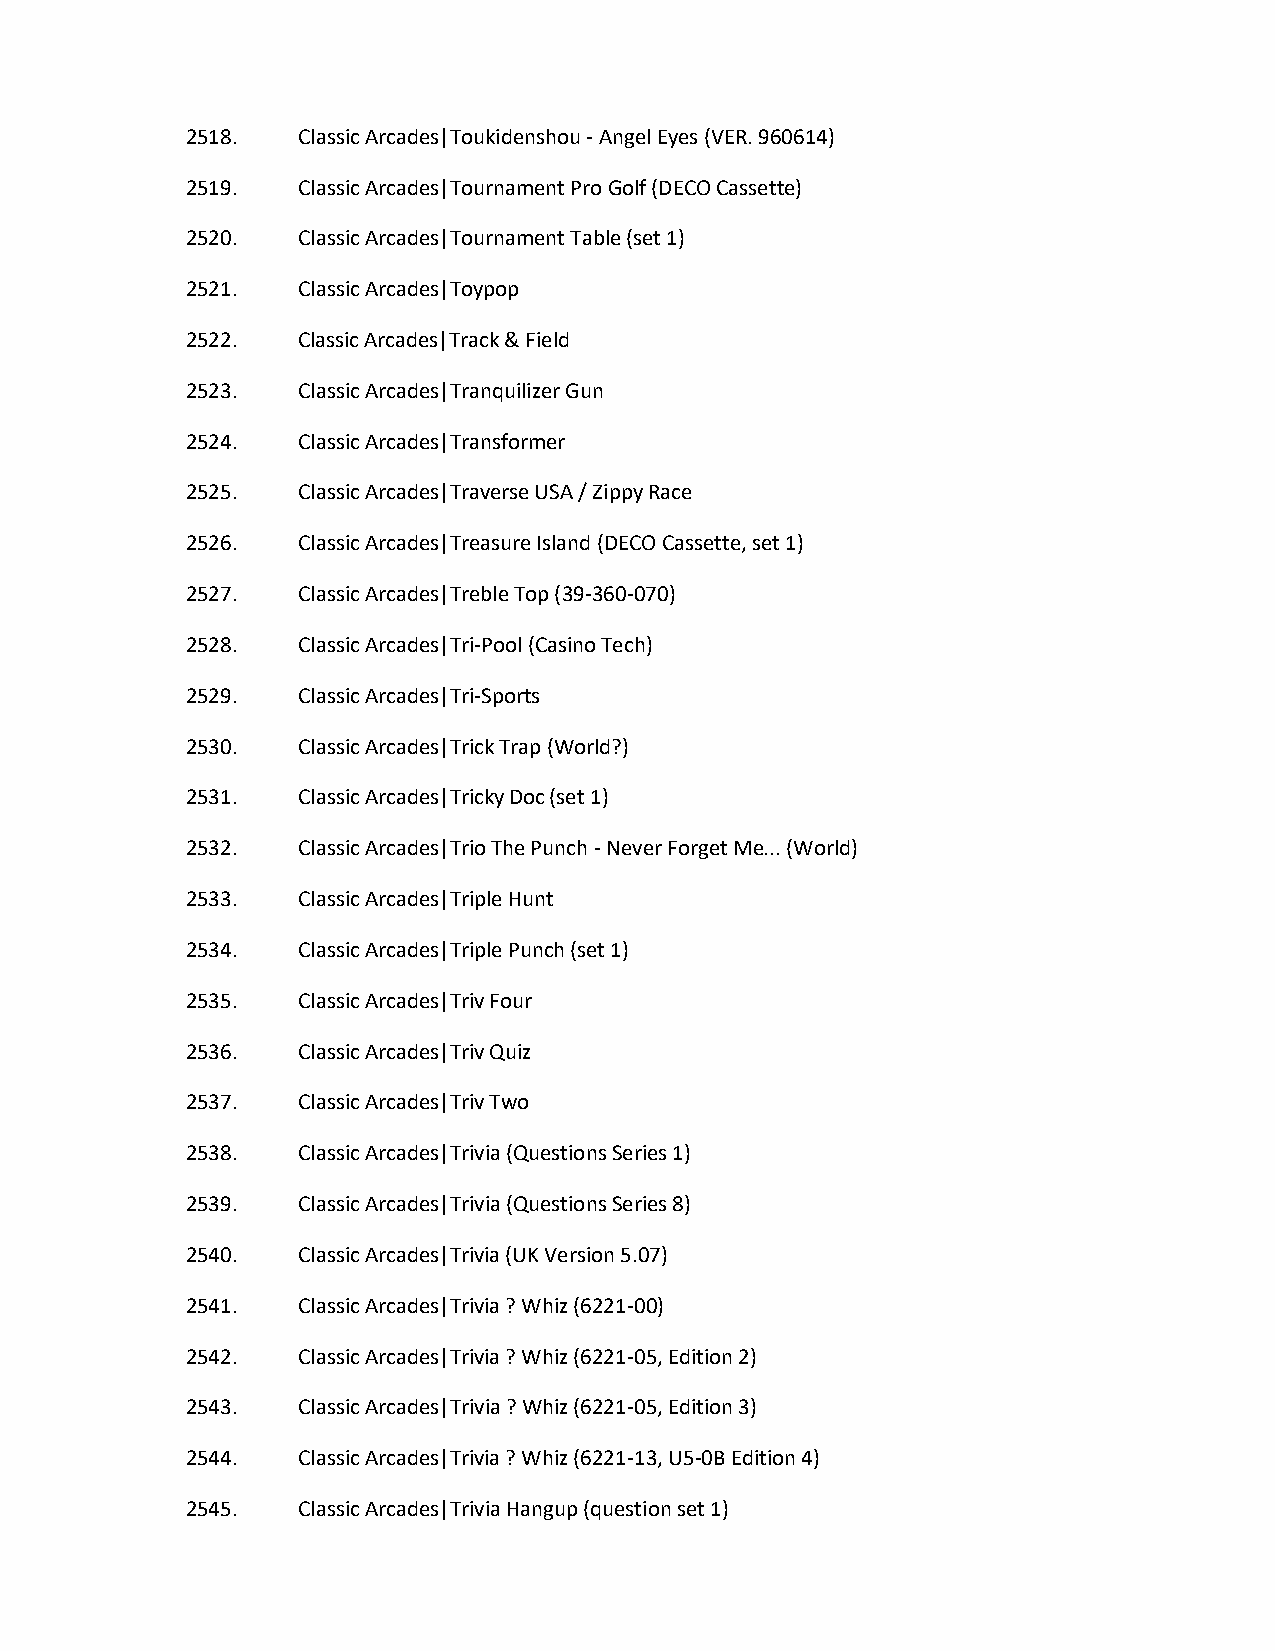
2518.   Classic Arcades|Toukidenshou - Angel Eyes (VER. 960614)
 2519.   Classic Arcades|Tournament Pro Golf (DECO Cassette)
 2520.   Classic Arcades|Tournament Table (set 1)
 2521.   Classic Arcades|Toypop
 2522.   Classic Arcades|Track & Field
 2523.   Classic Arcades|Tranquilizer Gun
 2524.   Classic Arcades|Transformer
 2525.   Classic Arcades|Traverse USA / Zippy Race
 2526.   Classic Arcades|Treasure Island (DECO Cassette, set 1)
 2527.   Classic Arcades|Treble Top (39-360-070)
 2528.   Classic Arcades|Tri-Pool (Casino Tech)
 2529.   Classic Arcades|Tri-Sports
 2530.   Classic Arcades|Trick Trap (World?)
 2531.   Classic Arcades|Tricky Doc (set 1)
 2532.   Classic Arcades|Trio The Punch - Never Forget Me... (World)
 2533.   Classic Arcades|Triple Hunt
 2534.   Classic Arcades|Triple Punch (set 1)
 2535.   Classic Arcades|Triv Four
 2536.   Classic Arcades|Triv Quiz
 2537.   Classic Arcades|Triv Two
 2538.   Classic Arcades|Trivia (Questions Series 1)
 2539.   Classic Arcades|Trivia (Questions Series 8)
 2540.   Classic Arcades|Trivia (UK Version 5.07)
 2541.   Classic Arcades|Trivia ? Whiz (6221-00)
 2542.   Classic Arcades|Trivia ? Whiz (6221-05, Edition 2)
 2543.   Classic Arcades|Trivia ? Whiz (6221-05, Edition 3)
 2544.   Classic Arcades|Trivia ? Whiz (6221-13, U5-0B Edition 4)
 2545.   Classic Arcades|Trivia Hangup (question set 1)